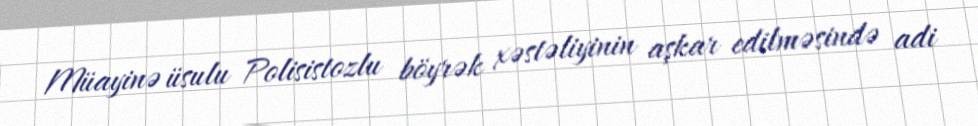
Müayinə üsulu Polisistozlu böyrək xəstəliyinin aşkar edilməsində adi